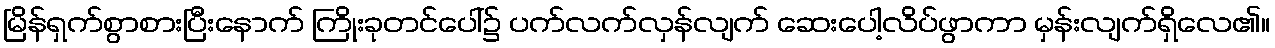
မြိန်ရှက်စွာစားပြီးနောက် ကြိုးခုတင်ပေါ်၌ ပက်လက်လှန်လျက် ဆေးပေါ့လိပ်ဖွာကာ မှန်းလျက်ရှိလေ၏။